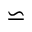
\backsimeq